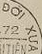
DOI XUA